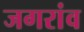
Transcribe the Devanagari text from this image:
जगरांव